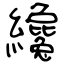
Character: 纔